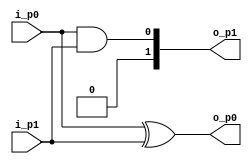
module hafladder(
    input i_p0,
    input i_p1,
    output o_p0,
    output [1:0] o_p1
);

    assign o_p0 = i_p0 ^ i_p1;
    assign o_p1 = i_p0 & i_p1;

endmodule